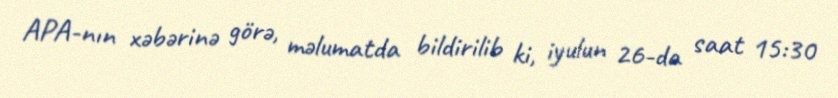
APA-nın xəbərinə görə, məlumatda bildirilib ki, iyulun 26-da saat 15:30